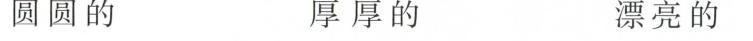
圆圆的 厚厚的 漂亮的